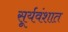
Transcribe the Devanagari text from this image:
सूर्यवंशात